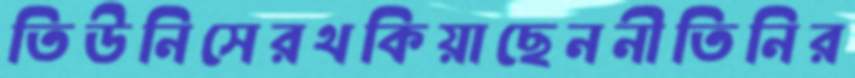
তিউনিসেরথকিয়াছেননীতিনির